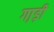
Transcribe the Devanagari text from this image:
गा़ड़ी